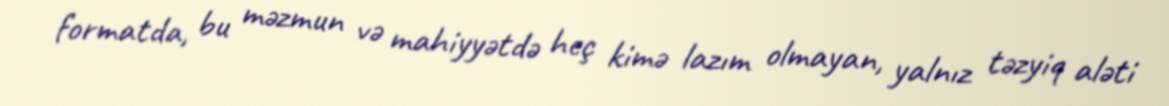
formatda, bu məzmun və mahiyyətdə heç kimə lazım olmayan, yalnız təzyiq aləti